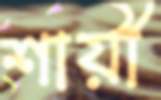
শায়ী